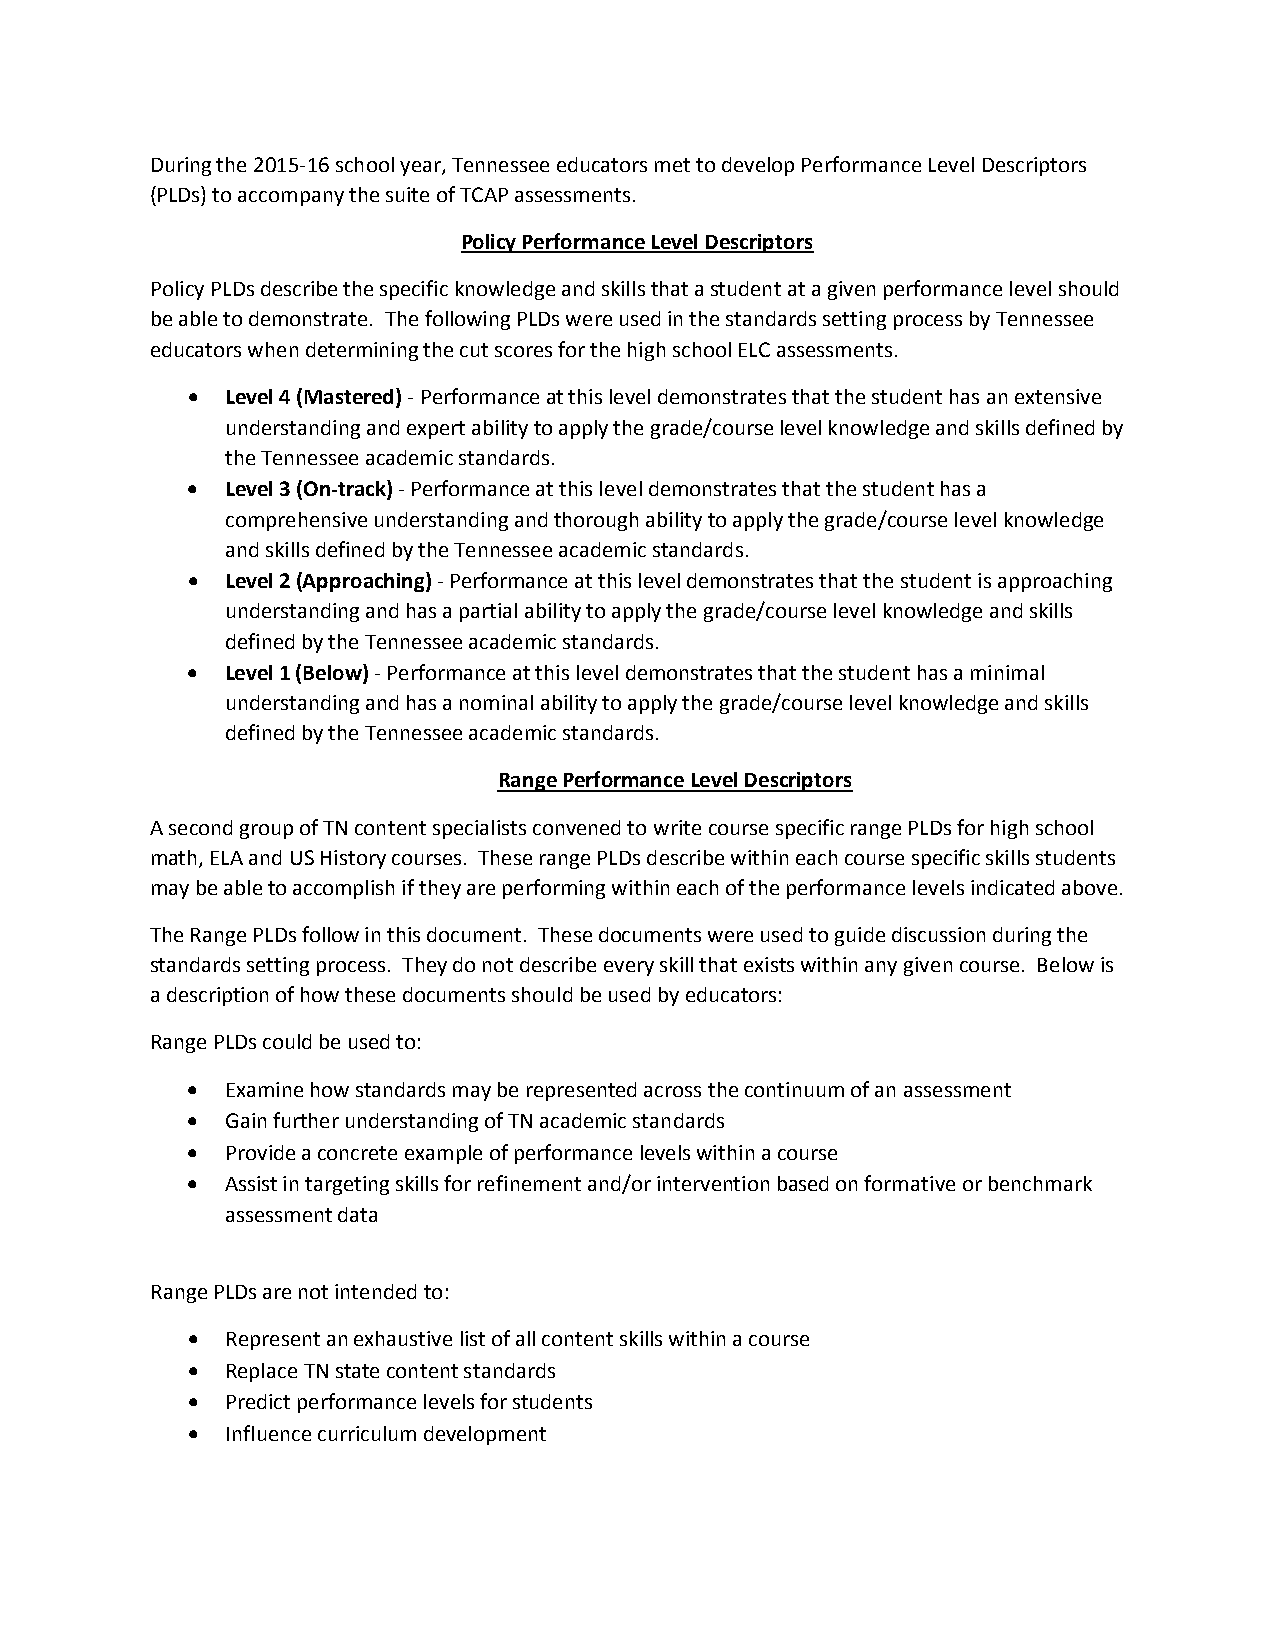
During the 2015-16 school year, Tennessee educators met to develop Performance Level Descriptors
 (PLDs) to accompany the suite of TCAP assessments.
 Policy Performance Level Descriptors
 Policy PLDs describe the specific knowledge and skills that a student at a given performance level should
 be able to demonstrate. The following PLDs were used in the standards setting process by Tennessee
 educators when determining the cut scores for the high school ELC assessments.
 •  Level 4 (Mastered) - Performance at this level demonstrates that the student has an extensive
 understanding and expert ability to apply the grade/course level knowledge and skills defined by
 the Tennessee academic standards.
 •  Level 3 (On-track) - Performance at this level demonstrates that the student has a
 comprehensive understanding and thorough ability to apply the grade/course level knowledge
 and skills defined by the Tennessee academic standards.
 •  Level 2 (Approaching) - Performance at this level demonstrates that the student is approaching
 understanding and has a partial ability to apply the grade/course level knowledge and skills
 defined by the Tennessee academic standards.
 •  Level 1 (Below) - Performance at this level demonstrates that the student has a minimal
 understanding and has a nominal ability to apply the grade/course level knowledge and skills
 defined by the Tennessee academic standards.
 Range Performance Level Descriptors
 A second group of TN content specialists convened to write course specific range PLDs for high school
 math, ELA and US History courses. These range PLDs describe within each course specific skills students
 may be able to accomplish if they are performing within each of the performance levels indicated above.
 The Range PLDs follow in this document. These documents were used to guide discussion during the
 standards setting process. They do not describe every skill that exists within any given course. Below is
 a description of how these documents should be used by educators:
 Range PLDs could be used to:
 •  Examine how standards may be represented across the continuum of an assessment
 •  Gain further understanding of TN academic standards
 •  Provide a concrete example of performance levels within a course
 •  Assist in targeting skills for refinement and/or intervention based on formative or benchmark
 assessment data
 Range PLDs are not intended to:
 •  Represent an exhaustive list of all content skills within a course
 •  Replace TN state content standards
 •  Predict performance levels for students
 •  Influence curriculum development